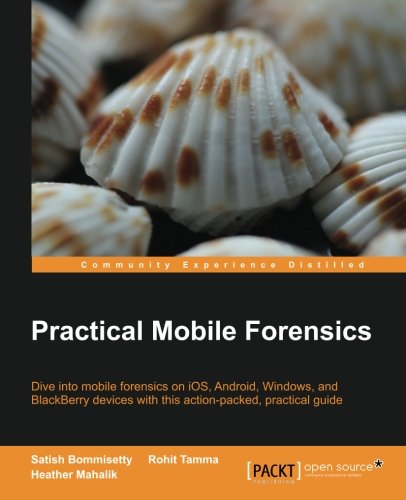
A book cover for Practical Mobile Forensics; Satish Bommisetty; Crafts, Hobbies & Home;